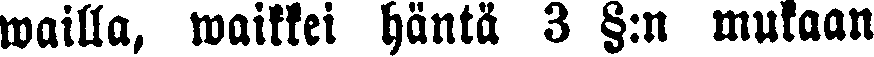
wailla, waikkei häntä 3 §:n mukaan